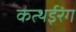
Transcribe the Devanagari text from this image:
कत्थईरंग